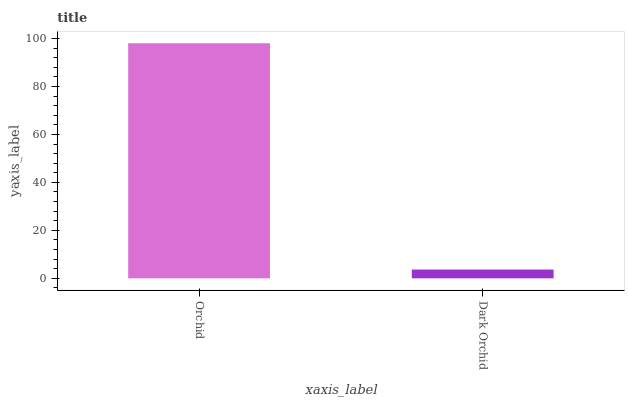
| xaxis_label | bars |
 | --- | --- |
 | Orchid | 98 |
 | Dark Orchid | 3.66 |